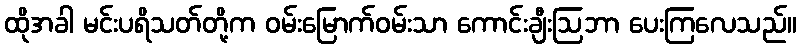
ထိုအခါ မင်းပရိသတ်တို့က ဝမ်းမြောက်ဝမ်းသာ ကောင်းချီးဩဘာ ပေးကြလေသည်။